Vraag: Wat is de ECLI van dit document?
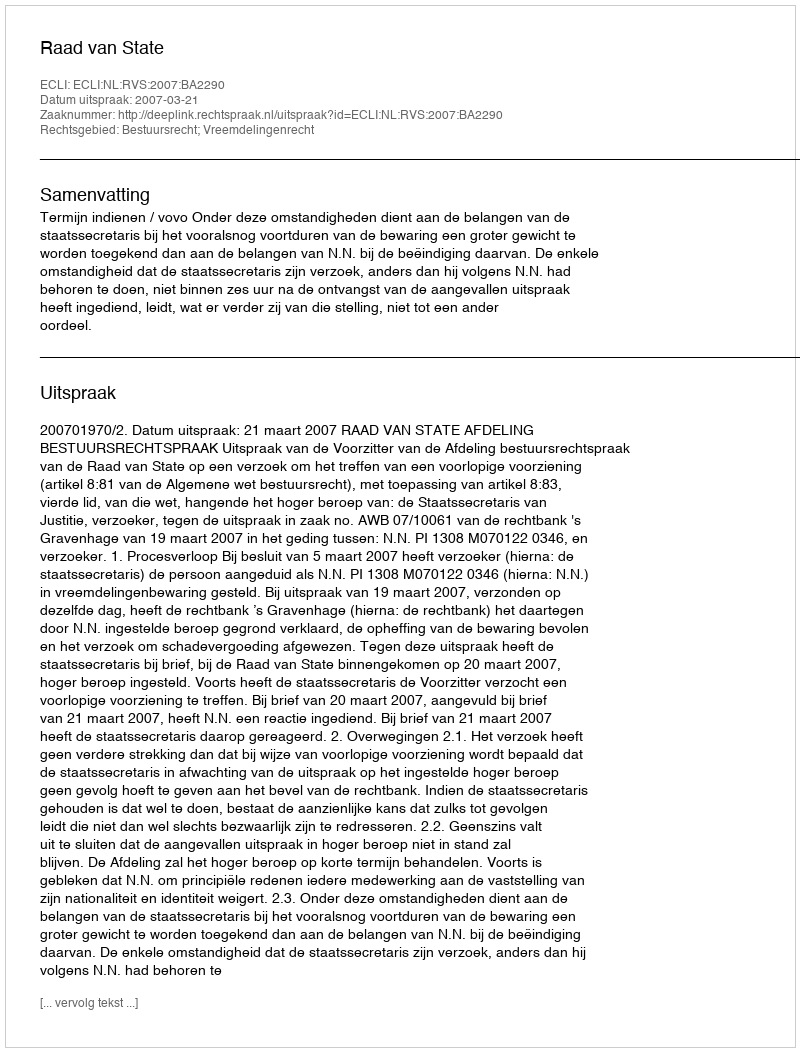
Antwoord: ECLI:NL:RVS:2007:BA2290